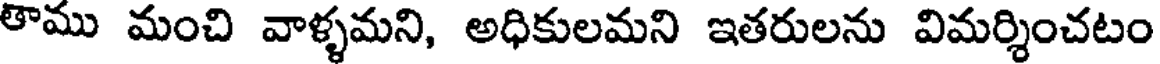
తాము మంచి వాళ్ళమని, అధికులమని ఇతరులను విమర్శించటం